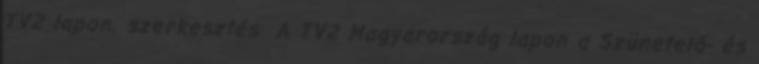
TV2 lapon. szerkesztés A TV2 Magyarország lapon a Szünetelő- és